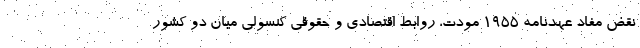
نقض مفاد عهدنامه ۱۹۵۵ مودت، روابط اقتصادی و حقوقی کنسولی میان دو کشور